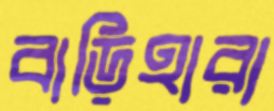
বাড়িহারা